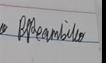
Signature authenticity: genuine